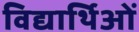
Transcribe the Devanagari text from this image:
विद्यार्थिओं